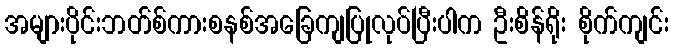
အများပိုင်းဘတ်စ်ကားစနစ်အခြေကျပြုလုပ်ပြီးပါက ဦးစိန်ရိုး စိုက်ကျင်း